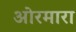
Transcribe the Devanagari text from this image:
ओरमारा